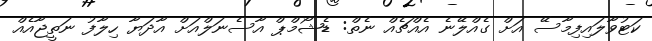
ކަޓުވާލައިފިމާސޭ އަށް ގެއްލޭނެ އެއްޗެއް ނެތް: ޑެޝޯމްޕް އާސެނަލްއަށް އާދަޔާ ހިލާފު ނަތީޖާއެއް